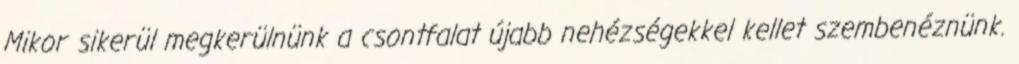
Mikor sikerül megkerülnünk a csontfalat újabb nehézségekkel kellet szembenéznünk.